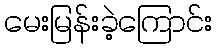
မေးမြန်းခဲ့ကြောင်း